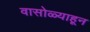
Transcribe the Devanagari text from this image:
वासोळ्याहून